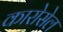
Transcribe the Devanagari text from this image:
कारोसेल